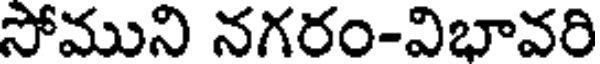
సోముని నగరం-విభావరి